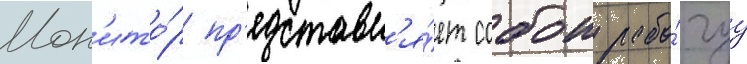
Мон'ито́р пр'едставл'я́ет собои рабо́чуу